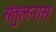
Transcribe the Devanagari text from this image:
संतुलनास